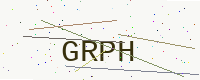
Text: GRPH